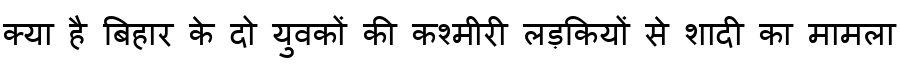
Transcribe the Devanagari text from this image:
क्या है बिहार के दो युवकों की कश्मीरी लड़कियों से शादी का मामला